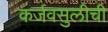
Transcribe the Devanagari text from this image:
कर्जवसुलीची